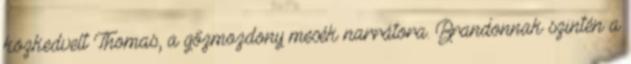
közkedvelt Thomas, a gőzmozdony mesék narrátora. Brandonnak szintén a